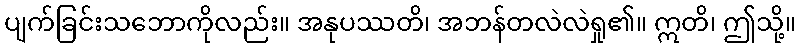
ပျက်ခြင်းသဘောကိုလည်း။ အနုပဿတိ၊ အဘန်တလဲလဲရှု၏။ ဣတိ၊ ဤသို့။